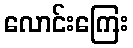
လောင်းကြေး